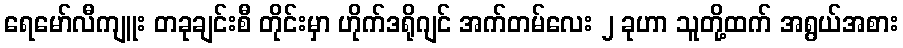
ရေမော်လီကျူး တခုချင်းစီ တိုင်းမှာ ဟိုက်ဒရိုဂျင် အက်တမ်လေး ၂ ခုဟာ သူတို့ထက် အရွယ်အစား